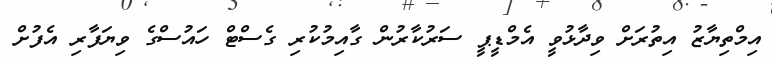
އިމްތިޔާޒު އިތުރަށް ވިދާޅުވީ އެމްޑީޕީ ސަރުކާރުން ގާއިމުކުރި ގެސްޓް ހައުސްގެ ވިޔަފާރި އެފުށްް